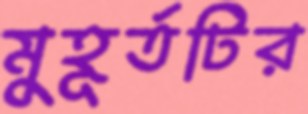
মুহূর্তটির